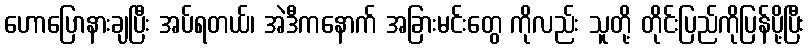
ဟောပြောနားချပြီး အပ်ရတယ်၊ အဲဒီကနောက် အခြားမင်းတွေ ကိုလည်း သူတို့ တိုင်းပြည်ကိုပြန်ပို့ပြီး